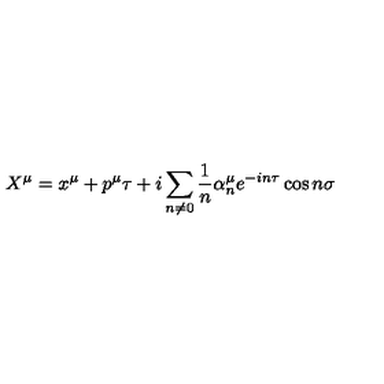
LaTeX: X ^ { \mu } = x ^ { \mu } + p ^ { \mu } \tau + i \sum _ { n \neq 0 } \frac { 1 } { n } { \alpha } _ { n } ^ { \mu } e ^ { - i n \tau } \cos { n \sigma }